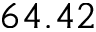
6 4 . 4 2